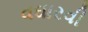
વઘારવી